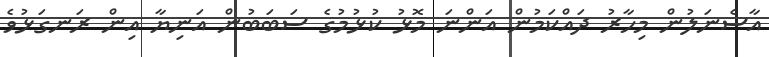
އާސެނަލުން މިހާރު ދައްކަމުން އަންނަ މޮޅު ކުޅުމުގެ ސަބަބުން އަނިޔާ އިން ރަނގަޅުވެ